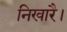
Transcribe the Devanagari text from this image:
निखारै।